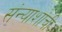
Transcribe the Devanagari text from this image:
संन्याशांची